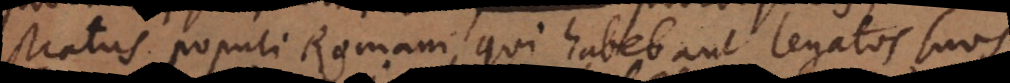
Magistratus populi Romani, qui habebant legatos suos,